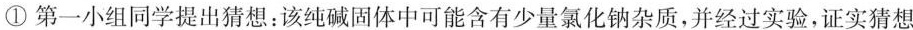
①第一小组同学提出猜想：该纯碱固体中可能含有少量氯化钠杂质，并经过实验，证实猜想